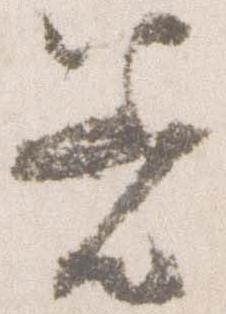
着